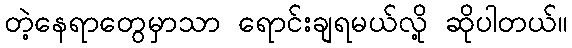
တဲ့နေရာတွေမှာသာ ရောင်းချရမယ်လို့ ဆိုပါတယ်။